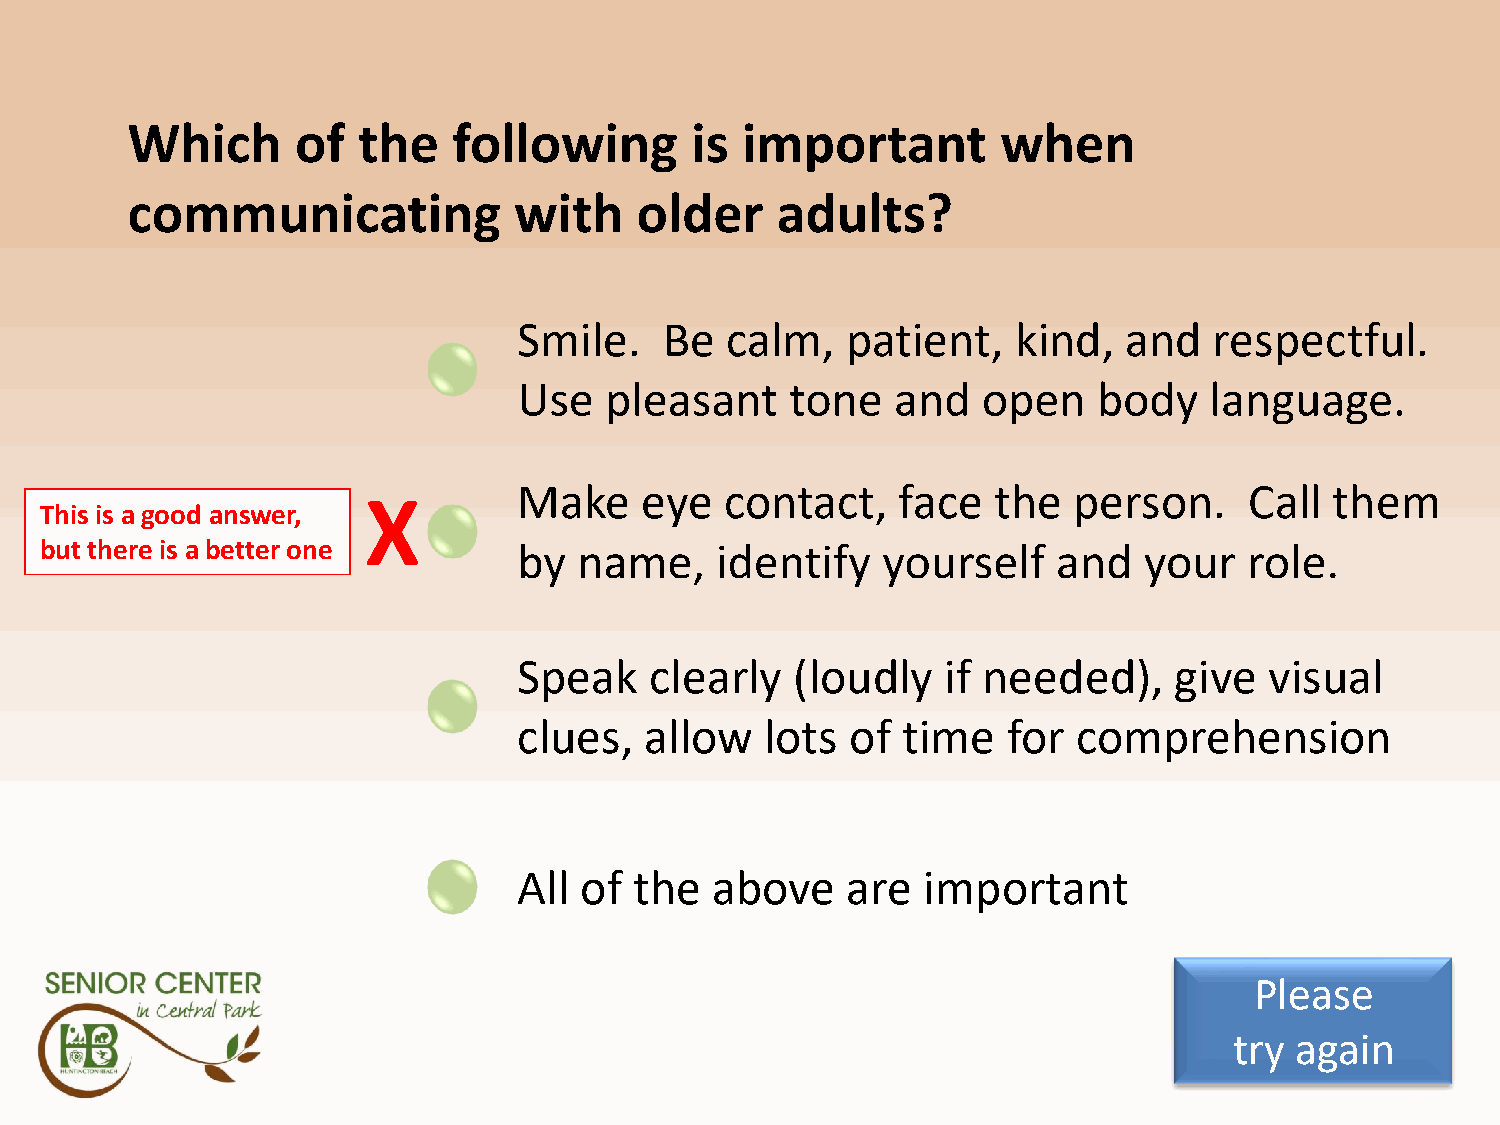
Q7A2
 Which       of  the   following       is important        when
 communicating             with    older    adults?
 Smile.    Be  calm,   patient,   kind,   and  respectful.
 Use   pleasant    tone   and   open    body   language.
 Make    eye   contact,   face   the  person.     Call them
 X
 This is a good answer,
 but there is a better one      by  name,    identify   yourself    and   your   role.
 Speak    clearly   (loudly   if needed),    give  visual
 clues,   allow   lots of  time   for comprehension
 All of  the  above    are  important
 Please
 try again